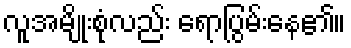
လူအမျိုးစုံလည်း ရောပြွမ်းနေ၏။